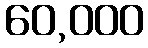
60,000